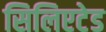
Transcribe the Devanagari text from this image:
सिलिएटेड